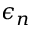
\epsilon _ { n }